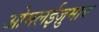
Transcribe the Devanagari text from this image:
ओमलईज़ुमाब